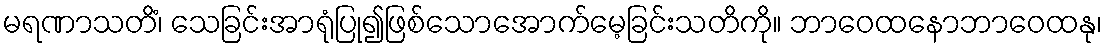
မရဏာသတိံ၊ သေခြင်းအာရုံပြု၍ဖြစ်သောအောက်မေ့ခြင်းသတိကို။ ဘာဝေထနောဘာဝေထနု၊